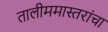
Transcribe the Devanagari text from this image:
तालीममास्तरांचा